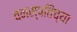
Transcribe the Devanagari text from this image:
वनस्पतिंच्या